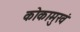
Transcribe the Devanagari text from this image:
कोकामुखं